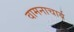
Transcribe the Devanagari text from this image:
वामनाचार्य